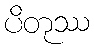
ပိတုဿ